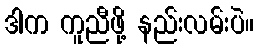
ဒါက ကူညီဖို့ နည်းလမ်းပဲ။